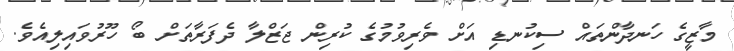
މާޒީގެ ހަނދާންތައް ސިކުނޑި އަށް ވެރިވުމުގެ ކުރިން ޖަޒްލާ ދެފަރާތަށް ބޯ ހޫރުވައިލިއެވެ.